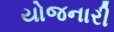
યોજનારી